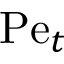
\mathrm { P e } _ { t }